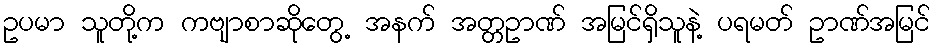
ဥပမာ သူတို့က ကဗျာစာဆိုတွေ့ အနက် အတ္တဥာဏ် အမြင်ရှိသူနဲ့ ပရမတ် ဥာဏ်အမြင်